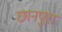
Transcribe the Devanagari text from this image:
छानपुरा